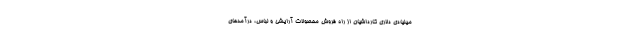
میلیادی دلاری کارداشیان از راه فروش محصولات آرایشی و لباس، درآمدهای